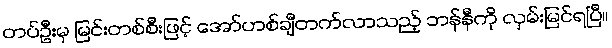
တပ်ဦးမှ မြင်းတစ်စီးဖြင့် အော်ဟစ်ချီတက်လာသည့် ဘန်နီကို လှမ်းမြင်ရပြီ။